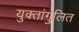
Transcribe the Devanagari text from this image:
युक्तांगुलित